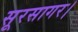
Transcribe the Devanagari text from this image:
सूरसागर।